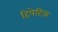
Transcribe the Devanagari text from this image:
हिपेटिक